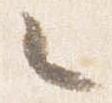
々